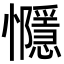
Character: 㦩